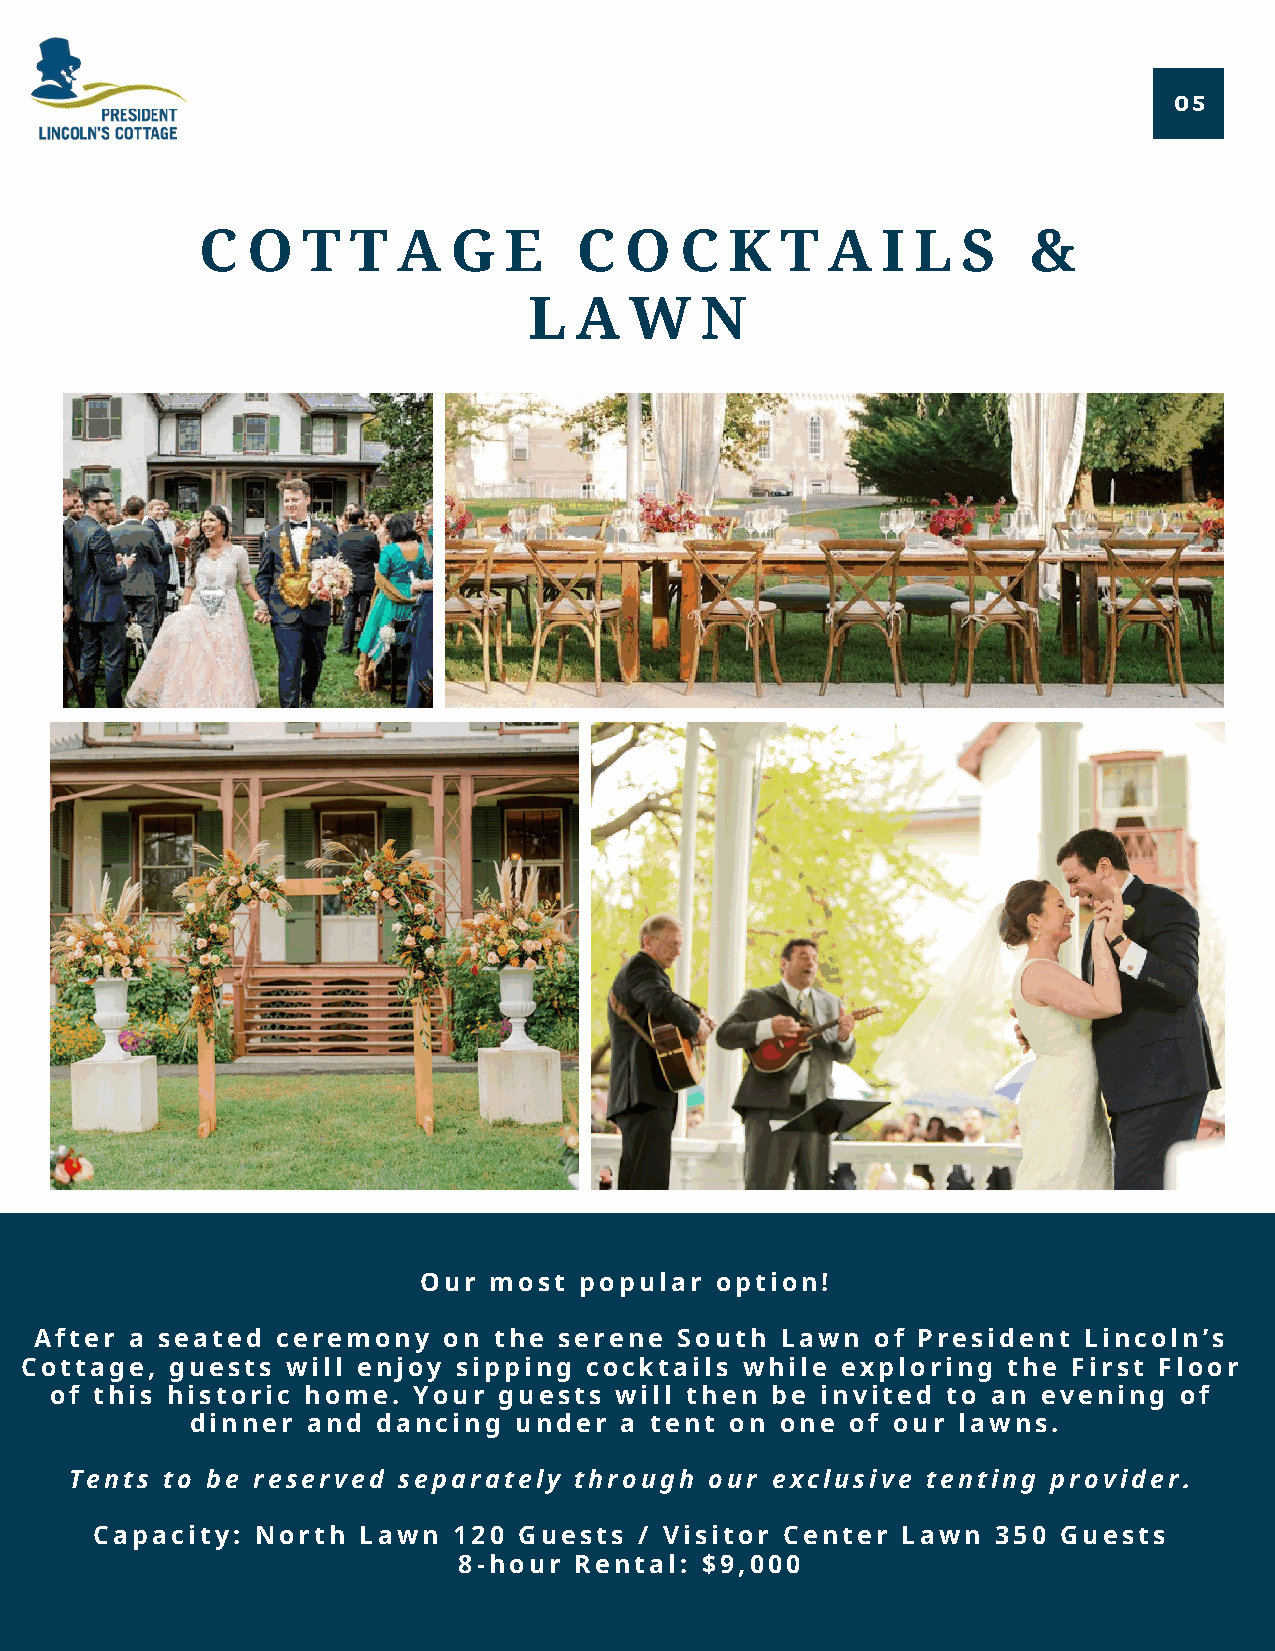
05
 C  O   T  T  A   G  E    C  O   C  K   T  A  I  L  S   &
 L  A   W   N
 Our most  popular  option!
 After  a seated ceremony   on  the serene  South  Lawn  of President  Lincoln’s
 Cottage,  guests  will enjoy sipping  cocktails while  exploring  the First Floor
 of this historic home.  Your  guests  will then be invited  to an evening  of
 dinner and  dancing  under  a tent on  one of our lawns.
 Tents to be reserved separately  through  our exclusive tenting  provider.
 Capacity:  North  Lawn  120 Guests  / Visitor Center  Lawn  350 Guests
 8-hour  Rental: $9,000